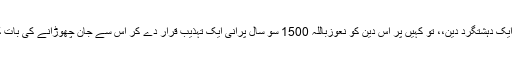
نعوز باللہ کہیں پر اس دین کی پہچان ایک شدت پسند دین،،کہیں پر اس دین کی پہچان ایک دہشتگرد دین،، تو کہیں پر اس دین کو نعوزباللہ 1500 سو سال پرانی ایک تہذیب قرار دے کر اس سے جان چھوڑانے کی بات کی جاتی ہے دین اسلام کے خلاف شدت سے جو گروہ خلاف ہے وہ یہودی گروہ ہے ۔